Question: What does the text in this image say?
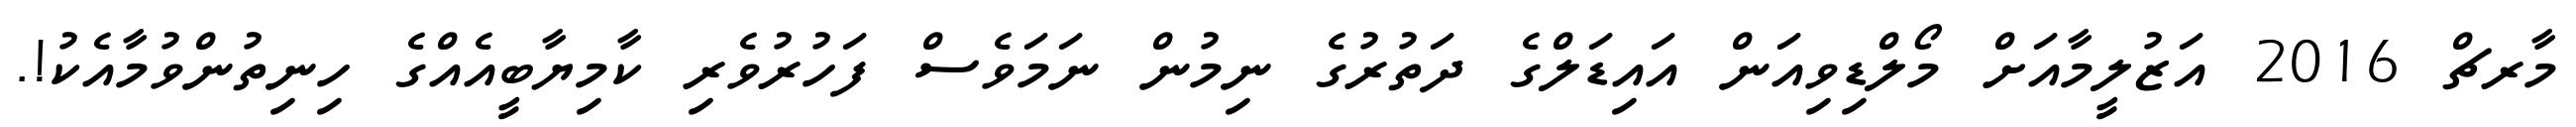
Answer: މާރޗް 2016 އަޒުލީމާއަށް މޯލްޑިވިއަން އައިޑަލްގެ ދަތުރުގެ ނިމުން ނަމަވެސް ފަހުރުވެރި ކާމިޔާބީއެއްގެ ހިނިތުންވުމާއެކު!.